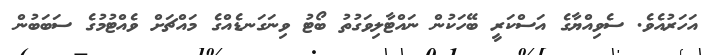
އަހަރުއެވެ. ސެވިއްޔާގެ އަސްކަރީ ބޭހަކުން ނައްޓާލިވަގުތު ބޯޓު ވިނަގަނޑެއްގެ މައްޗަށް ވެއްޓުމުގެ ސަބަބުން